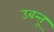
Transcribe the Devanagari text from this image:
उबन्तू